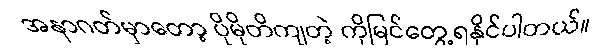
အနာဂတ်မှာတော့ ပိုမိုတိကျတဲ့ ကိုမြင်တွေ့ရနိုင်ပါတယ်။